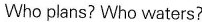
Who plans? Who waters?